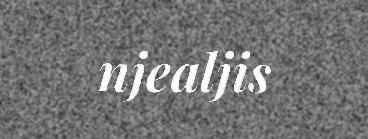
njealjis